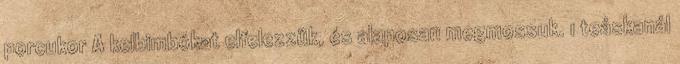
porcukor A kelbimbókat elfelezzük, és alaposan megmossuk. 1 teáskanál